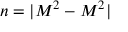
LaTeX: n = | M ^ { 2 } - M ^ { 2 } |